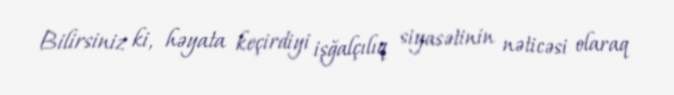
Bilirsiniz ki, həyata keçirdiyi işğalçılıq siyasətinin nəticəsi olaraq